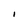
Character: I